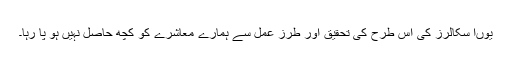
یوںا سکالرز کی اس طرح کی تحقیق اور طرز عمل سے ہمارے معاشرے کو کچھ حاصل نہیں ہو پا رہا۔